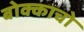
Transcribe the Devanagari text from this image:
बोक्काचो